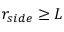
r _ { s i d e } \ge L